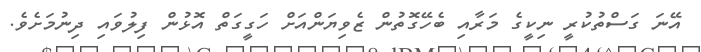
އޭނަ ގަސްތުކުރީ ނިކީގެ މަރާއި ބެހޭގޮތުން ޒެވިޔަންއަށް ހަގީގަތް އޮޅުން ފިލުވައި ދިނުމަށެވެ.